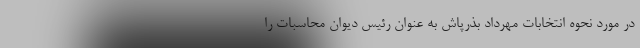
در مورد نحوه انتخابات مهرداد بذرپاش به عنوان رئیس دیوان محاسبات را